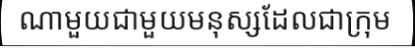
ណាមួយជាមួយមនុស្សដែលជាក្រុម